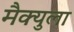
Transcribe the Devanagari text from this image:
मैक्युला